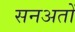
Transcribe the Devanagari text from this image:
सनअतों